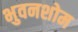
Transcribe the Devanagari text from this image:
भुवनशोम